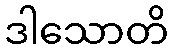
ဒါသောတိ